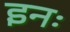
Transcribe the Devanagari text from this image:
इनः